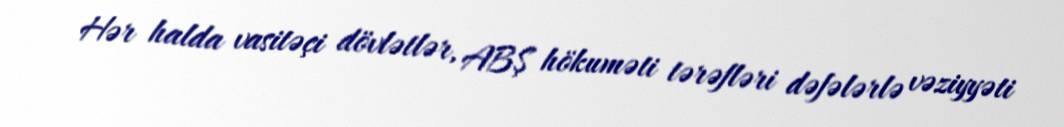
Hər halda vasitəçi dövlətlər, ABŞ hökuməti tərəfləri dəfələrlə vəziyyəti